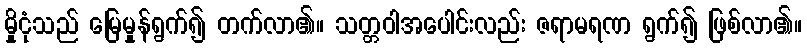
မှိုငုံသည် မြေမှုန်ရွက်၍ တက်လာ၏။ သတ္တဝါအပေါင်းလည်း ဇရာမရဏ ရွက်၍ ဖြစ်လာ၏။